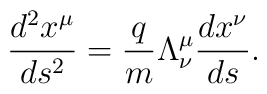
\frac{d^2x^\mu}{ds^2}=\frac{q}{m}\Lambda_\nu^\mu\frac{dx^\nu}{ds}.